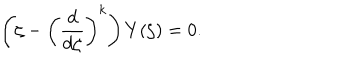
LaTeX: \left( \zeta - \left( \frac { d } { d \zeta } \right) ^ { k } \right) Y ( \zeta ) = 0 .